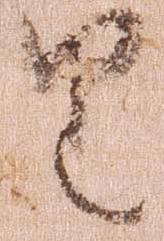
由